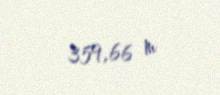
359,66 m